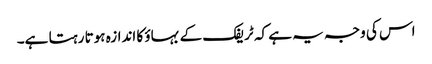
اس کی وجہ یہ ہے کہ ٹریفک کے بہاؤ کا اندازہ ہوتا رہتا ہے۔